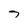
Character: 7